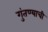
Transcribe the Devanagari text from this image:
गुंतण्याची